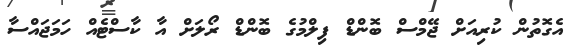
އެގޮތުން ކުރިއަށް ޖޭމްސް ބޮންޑް ފިލްމުގެ ބޮންޑް ރޯލަށް އާ ކާސްޓެއް ހަމަޖައްސާ